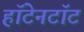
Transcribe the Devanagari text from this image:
हॉटेनटॉट